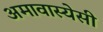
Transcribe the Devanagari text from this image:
अमावास्येसी